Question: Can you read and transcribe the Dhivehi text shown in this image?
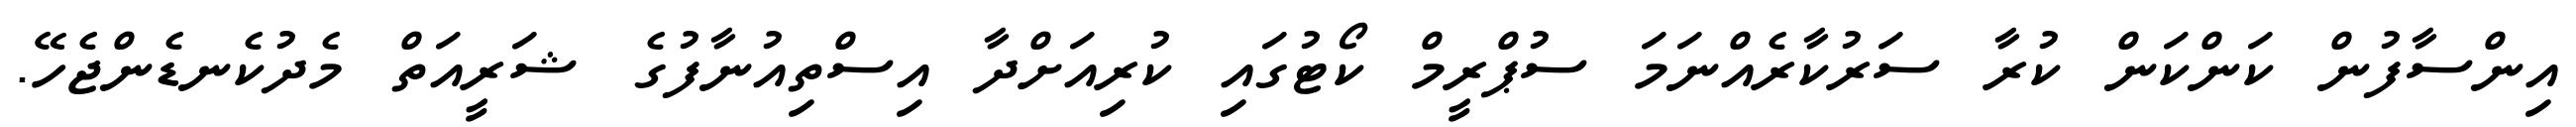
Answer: އިންސާފުން ކަންކަން ކުރާ ސަރުކާރެއްނަމަ ސުޕްރީމް ކޯޓުގައި ކުރިއަށްދާ އިސްތިއުނާފުގެ ޝަރީއަތް މެދުކެނޑެންޖެހޭ.